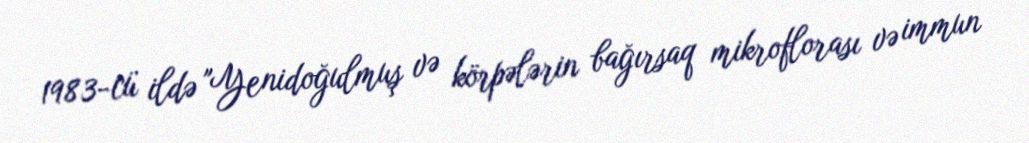
1983-cü ildə "Yenidoğulmuş və körpələrin bağırsaq mikroflorası və immun